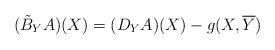
LaTeX: \begin{align*}(\tilde{B}_Y{A})(X)=(D_Y{A})(X)-g(X,\overline{Y})\end{align*}